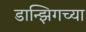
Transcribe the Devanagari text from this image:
डान्झिगच्या